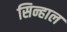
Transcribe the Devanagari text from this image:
सिन्हाल